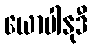
ယောပါနုဒီ